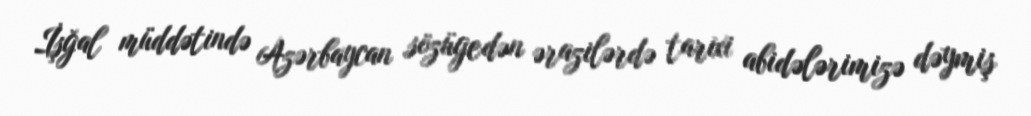
İşğal müddətində Azərbaycan sözügedən ərazilərdə tarixi abidələrimizə dəymiş